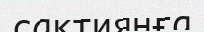
сақтиянға